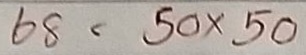
68 = 50 x 50